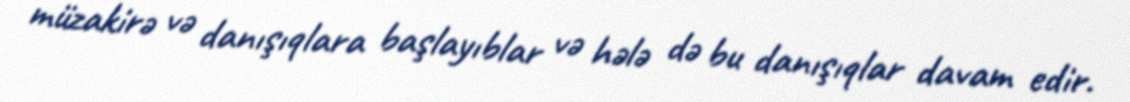
müzakirə və danışıqlara başlayıblar və hələ də bu danışıqlar davam edir.